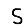
Digit: 5